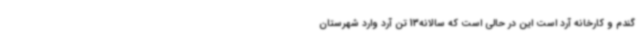
گندم و کارخانه آرد است این در حالی است که سالانه13 تن آرد وارد شهرستان